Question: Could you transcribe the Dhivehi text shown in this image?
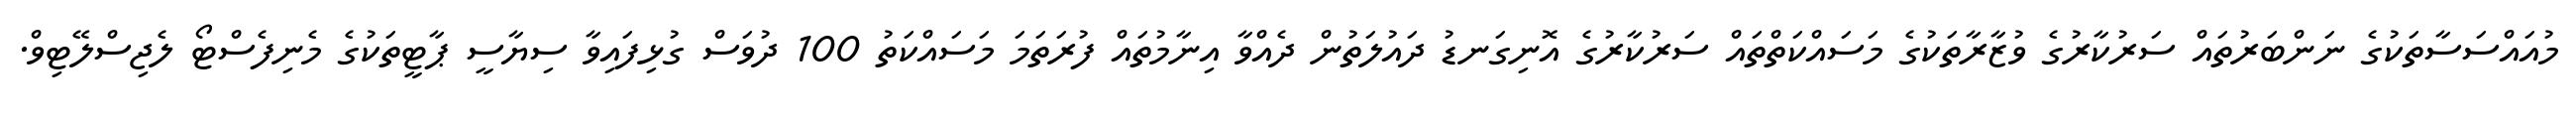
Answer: މުއައްސަސާތަކުގެ ނަންބަރުތައް ސަރުކާރުގެ ވުޒާރާތަކުގެ މަސައްކަތްތައް ސަރުކާރުގެ އޮނިގަނޑު ދައުލަތުން ދެއްވާ އިނާމުތައް ފުރަތަމަ މަސައްކަތު 100 ދުވަސް ގުޅިފައިވާ ސިޔާސީ ޕާޓީތަކުގެ މެނިފެސްޓޯ ލެޖިސްލޭޓިވް.